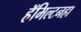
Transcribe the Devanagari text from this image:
हॅमिल्टनहा